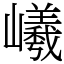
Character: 𡾞